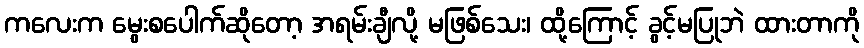
ကလေးက မွေးစပေါက်ဆိုတော့ အရမ်းချီလို့ မဖြစ်သေး၊ ထို့ကြောင့် ခွင့်မပြုဘဲ ထားတာကို